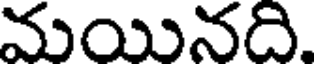
మయినది.